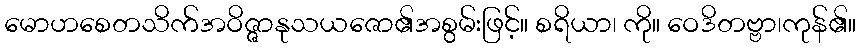
မောဟစေတသိက်အဝိဇ္ဇာနုသယဇော၏အစွမ်းဖြင့်။ စရိယာ၊ ကို။ ဝေဒိတဗ္ဗာ၊ကုန်၏။